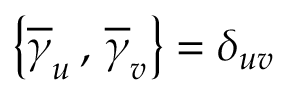
\left\{ \overline { { { \gamma } } } _ { u } \, , \, \overline { { { \gamma } } } _ { v } \right\} = \delta _ { u v }